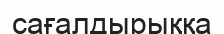
сағалдырыққа